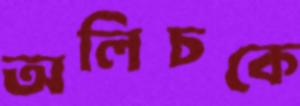
অলিচকে